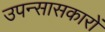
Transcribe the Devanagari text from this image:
उपन्सासकारों